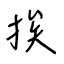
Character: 挨